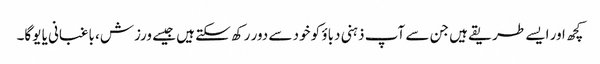
کچھ اور ایسے طریقے ہیں جن سے آپ ذہنی دباؤ کو خود سے دور رکھ سکتے ہیں جیسے ورزش، باغبانی یا یوگا۔